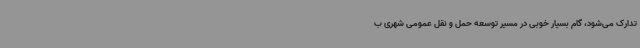
تدارک می‌شود، گام بسیار خوبی در مسیر توسعه حمل و نقل عمومی شهری ب